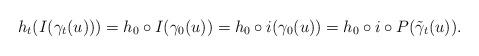
LaTeX: \begin{align*}h_t(I(\gamma_t(u)))=h_0\circ I(\gamma_0(u))=h_0\circ i(\gamma_0(u))=h_0\circ i\circ P(\tilde{\gamma}_t(u)).\end{align*}